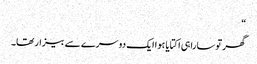
“
گھر توسارا ہی اکتایا ہوا ایک دوسرے سے بیزار تھا۔